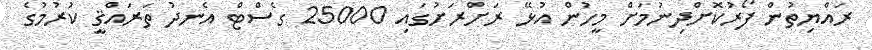
ރައްޔިތުން ފޯރުކޮށްދިނުމަށް މީހުން އުޅޭ ރަށްރަށުގައި 25000 ގެސްޓް އެނދު ތަރައްޤީ ކުރުމުގެ